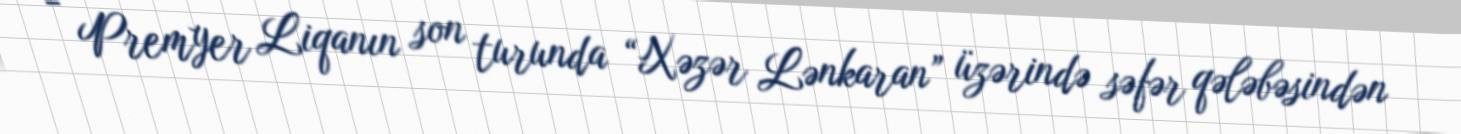
- Premyer Liqanın son turunda “Xəzər Lənkaran” üzərində səfər qələbəsindən